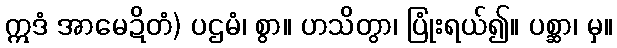
ဣဒံ အာမေဍိတံ) ပဌမံ၊ စွာ။ ဟသိတွာ၊ ပြုံးရယ်၍။ ပစ္ဆာ၊ မှ။